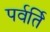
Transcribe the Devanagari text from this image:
पर्वर्ति